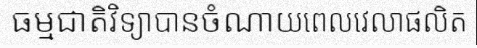
ធម្មជាតិវិទ្យាបានចំណាយពេលវេលាផលិត